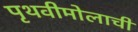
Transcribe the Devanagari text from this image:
पृथवीमोलाची